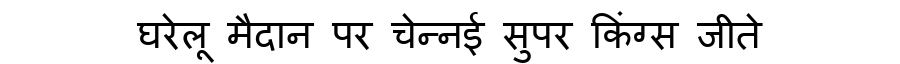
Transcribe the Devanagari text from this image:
घरेलू मैदान पर चेन्नई सुपर किंग्स जीते